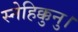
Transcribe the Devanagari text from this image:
स्नेहिक्कुनु।